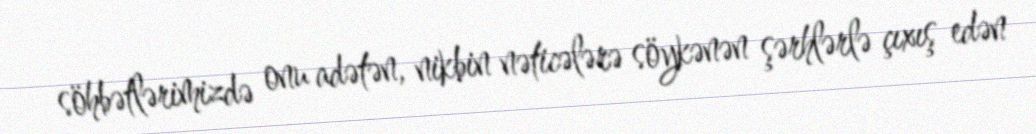
söhbətlərimizdə onu adətən, nikbin nəticələrə söykənən şərhlərlə çıxış edən